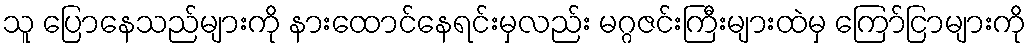
သူ ပြောနေသည်များကို နားထောင်နေရင်းမှလည်း မဂ္ဂဇင်းကြီးများထဲမှ ကြော်ငြာများကို